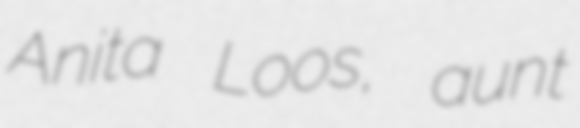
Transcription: Anita Loos, aunt